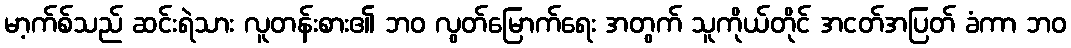
မာ့က်စ်သည် ဆင်းရဲသား လူတန်းစား၏ ဘဝ လွတ်မြောက်ရေး အတွက် သူကိုယ်တိုင် အငတ်အပြတ် ခံကာ ဘဝ